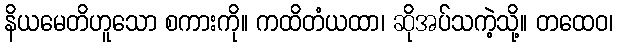
နိယမေတိဟူသော စကားကို။ ကထိတံယထာ၊ ဆိုအပ်သကဲ့သို့။ တထေဝ၊